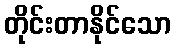
တိုင်းတာနိုင်သော